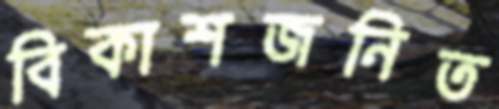
বিকাশজনিত